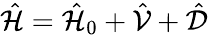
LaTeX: \hat{\mathcal{H}}=\hat{\mathcal{H}}_{0}+\hat{\mathcal{V}}+\hat{\mathcal{D}}